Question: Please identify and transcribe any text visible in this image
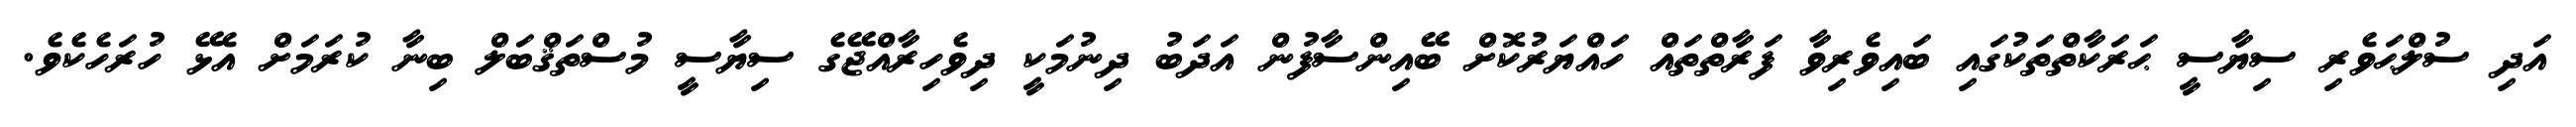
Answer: އަދި ސުލްޙަވެރި ސިޔާސީ ޙަރަކާތްތަކުގައި ބައިވެރިވާ ފަރާތްތައް ހައްޔަރުކޮށް ބޭއިންސާފުން އަދަބު ދިނުމަކީ ދިވެހިރާއްޖޭގެ ސިޔާސީ މުސްތަޤްބަލް ބިނާ ކުރަމަށް އެޅޭ ހުރަހެކެވެ.